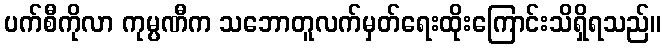
ပက်စီကိုလာ ကုမ္ပဏီက သဘောတူလက်မှတ်ရေးထိုးကြောင်းသိရှိရသည်။